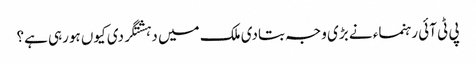
پی ٹی آئی رہنماء نے بڑی وجہ بتادی	ملک میں دہشتگردی کیوں ہورہی ہے؟